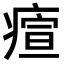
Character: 𤸧